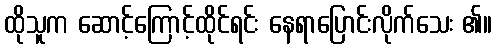
ထိုသူက ဆောင့်ကြောင့်ထိုင်ရင်း နေရာပြောင်းလိုက်သေး ၏။